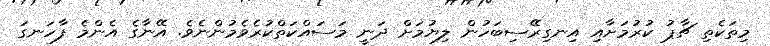
މިތަކެތި ޗާޕު ކުރުމަށާއި އިނގިރޭސިބަހުން ލިޔުމަށް ދަނީ މަސައްކަތްކުރެވެމުންނެވެ. އޭނާގެ އެންމެ ފާހަނގަ